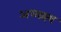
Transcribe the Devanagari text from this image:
अध्यक्ष्य